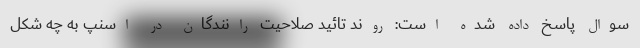
سوال پاسخ داده شده است: روند تائید صلاحیت رانندگان در اسنپ به چه شکل